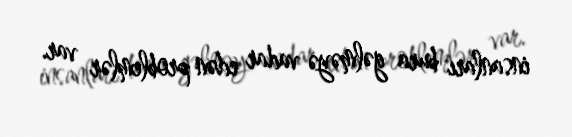
insanları bura gəlməyə vadar edən problemlər var.